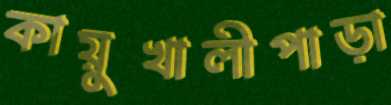
কায়ুখালীপাড়া